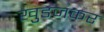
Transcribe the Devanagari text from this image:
खुडजकर